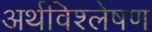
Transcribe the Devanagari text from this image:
अर्थविश्लेषण